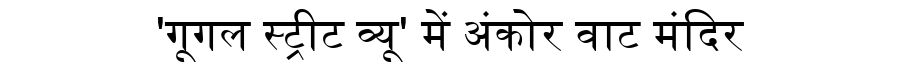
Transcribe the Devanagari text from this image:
'गूगल स्ट्रीट व्यू' में अंकोर वाट मंदिर